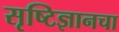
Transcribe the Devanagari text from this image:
सृष्टिज्ञानचा